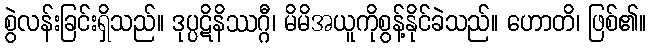
စွဲလန်းခြင်းရှိသည်။ ဒုပ္ပဋိနိဿဂ္ဂီ၊ မိမိအယူကိုစွန့်နိုင်ခဲသည်။ ဟောတိ၊ ဖြစ်၏။